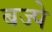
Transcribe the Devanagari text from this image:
बज्पे